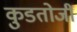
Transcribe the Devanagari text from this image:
कुडतोजी